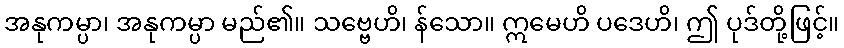
အနုကမ္ပာ၊ အနုကမ္ပာ မည်၏။ သဗ္ဗေဟိ၊ န်သော။ ဣမေဟိ ပဒေဟိ၊ ဤ ပုဒ်တို့ဖြင့်။